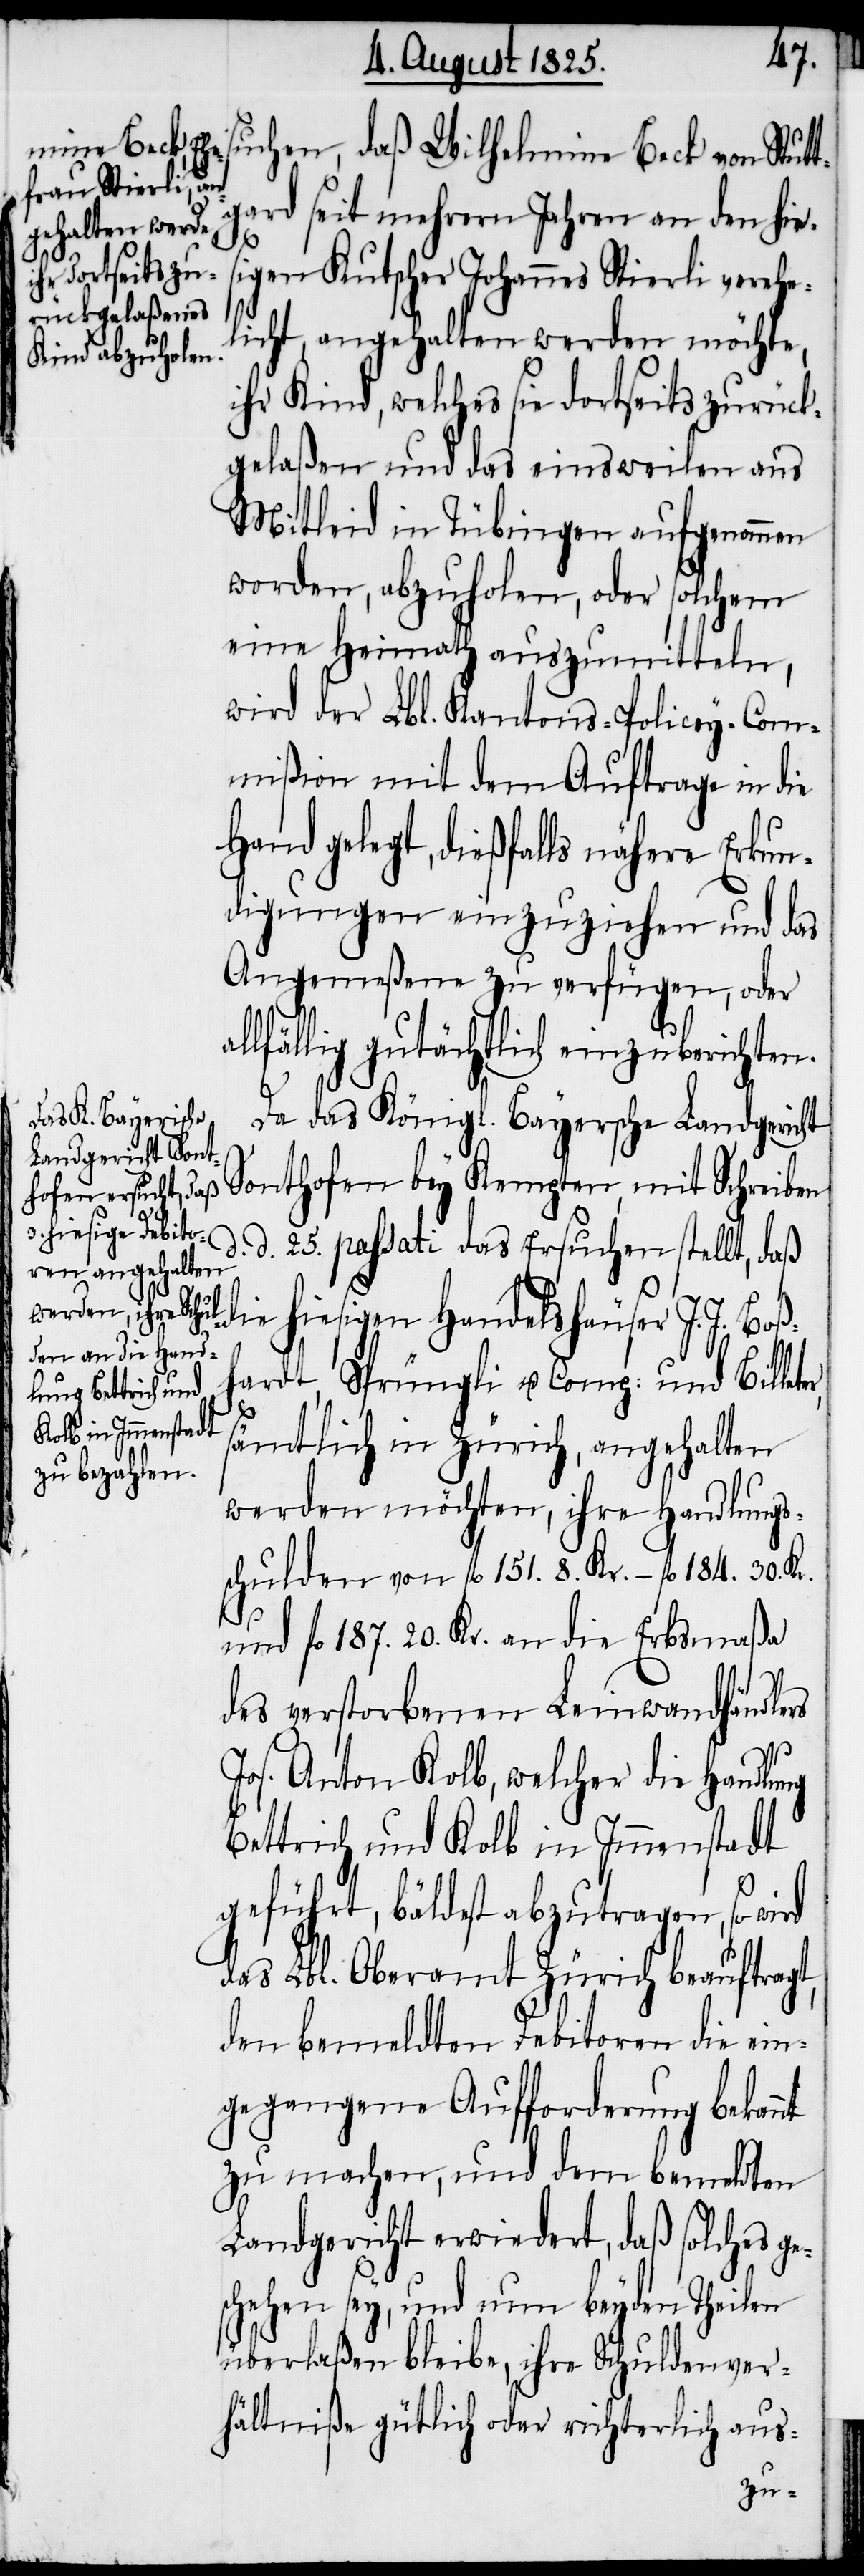
suchen, daß Wilhelmine Beck von Stut¬
tgard seit mehrern Jahren an den hies¬
igen Kutscher Johannes Stierli verehe¬
licht, angehalten werden möchte,
ihr Kind, welches sie dortseits zurück¬
gelaßen und das einsweilen aus
Mitleid in Tübingen aufgenommen
worden, abzuholen, oder solchem
eine Heimath auszumitteln,
wird der Lbl. Kantons-Policey-Com¬
mißion mit dem Auftrage in die
Hand gelegt, dießfalls nähere Erkun¬
digungen einzuziehen und das
Angemeßene zu verfügen, oder
llfällig gutächtlich einzuberichten.
Da das Königl. Bayersche Landgericht
Sonthofen bey Kempten, mit Schreiben
d. d. 25. passati das Ersuchen stellt, daß
die hiesigen Handelshäuser J. J. Boß¬
hardt, Sprüngli u. Comp. und Billet¬
e¬
sämtlich in Zürich, angehalten
werden möchten, ihre Handlungs¬
schulden von fl. 151. 8. Kr. – fl. 184. 30. Kr.
und fl. 187. 20. Kr. an die Erbsmaßa
des verstorbenen Leinwandhändlers
Jos. Anton Kolb, welcher die Handlung
Bettrich und Kolb in Immenstadt
geführt, bäldest abzutragen, so wird
das Lbl. Oberamt Zürich beauftragt,
den bemeldten Debitoren die ein¬
gegangene Aufforderung bekannt
zu machen, und dem bemeldten
Landgericht erwiedert, daß solches g¬
schehen sey, und nun beyden Theilen
überlaßen bliebe, ihre Schuldver¬
hältniße gütlich oder richterlich aus-